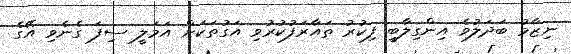
ނިޒާމު ބަދަލުވެ އިންގިލާބީ ފިކުރު ތައާރަފުކުރުވި އަގުތަކަށް އަމަލީ ސިފަ ގެނެވި އޭގެ